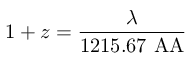
1 + z = { \frac { \lambda } { 1 2 1 5 . 6 7 \mathrm { \ A A } } }